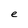
Character: e